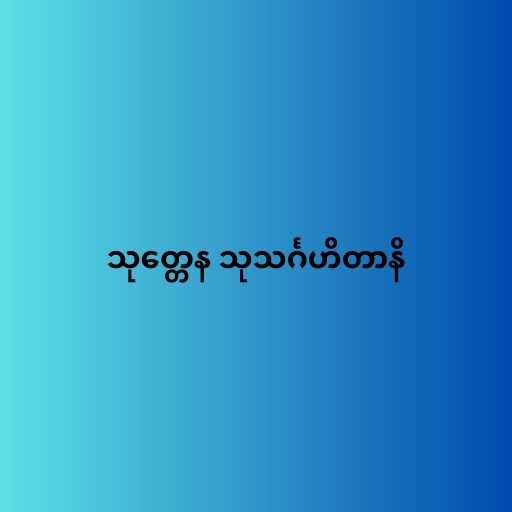
သုတ္တေန သုသင်္ဂဟိတာနိ